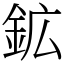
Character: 鉱